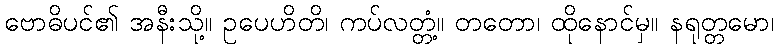
ဗောဓိပင်၏ အနီးသို့။ ဥပေဟိတိ၊ ကပ်လတ္တံ့။ တတော၊ ထိုနောင်မှ။ နရုတ္တမော၊